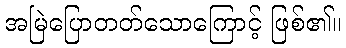
အမြဲပြောတတ်သောကြောင့် ဖြစ်၏။